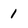
Character: 1